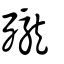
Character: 𪚗